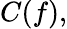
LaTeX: C(f),